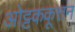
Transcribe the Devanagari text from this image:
ओट्टककूत्तन